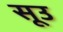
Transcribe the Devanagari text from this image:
सूउ